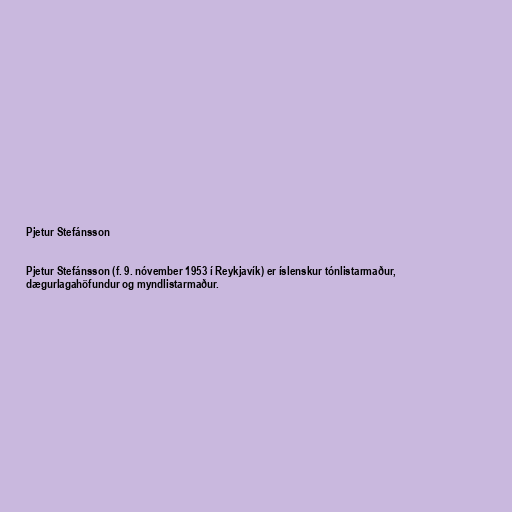
Pjetur Stefánsson

Pjetur Stefánsson (f. 9. nóvember 1953 í Reykjavík) er íslenskur tónlistarmaður,
dægurlagahöfundur og myndlistarmaður.